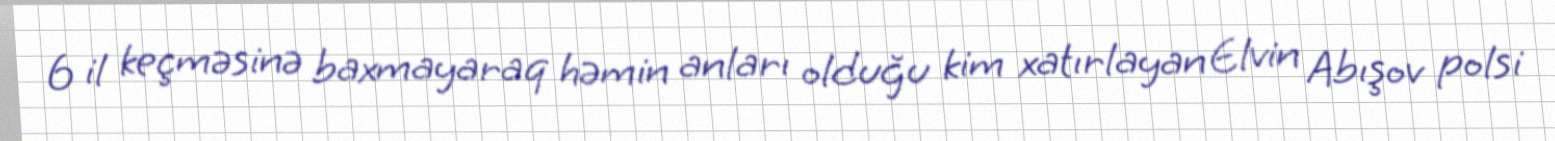
6 il keçməsinə baxmayaraq həmin anları olduğu kim xatırlayan Elvin Abışov polsi